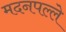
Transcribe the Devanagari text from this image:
मदनपल्ले